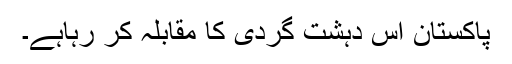
پاکستان اس دہشت گردی کا مقابلہ کر رہاہے۔